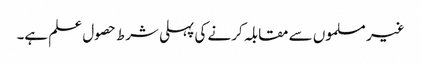
غیر مسلموں سے مقابلہ کرنے کی پہلی شرط حصول علم ہے۔